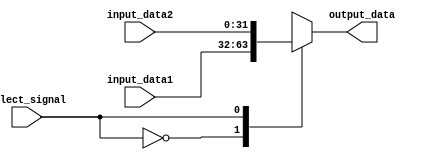
`timescale 1ns / 1ps
module selector_for2(input select_signal,input [31:0]input_data1,
input [31:0]input_data2,output [31:0]output_data);
wire [31:0]select[1:0];assign select[0]=input_data1;assign select[1]=input_data2;assign output_data=select[select_signal];endmodule